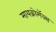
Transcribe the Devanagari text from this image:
मायक्रोमॅक्स